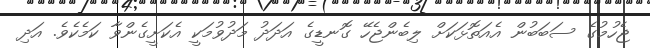
ޖެހުމުގެ ސަބަބުން އެއަތޮޅަކަށް ލިބެންޖެހޭ ގޮނޑީގެ އަދަދު މަދުވުމަކީ އެކަށީގެންވާ ކަމެކެވެ. އަދި